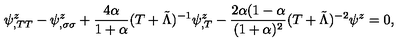
\psi _ { , T T } ^ { z } - \psi _ { , \sigma \sigma } ^ { z } + \frac { 4 \alpha } { 1 + \alpha } ( T + \tilde { \Lambda } ) ^ { - 1 } \psi _ { , T } ^ { z } - \frac { 2 \alpha ( 1 - \alpha } { ( 1 + \alpha ) ^ { 2 } } ( T + \tilde { \Lambda } ) ^ { - 2 } \psi ^ { z } = 0 ,